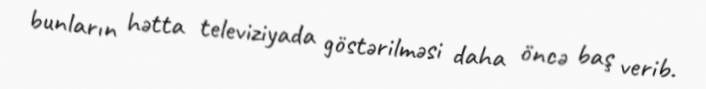
bunların hətta televiziyada göstərilməsi daha öncə baş verib.